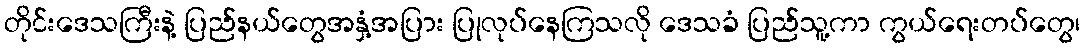
တိုင်းဒေသကြီးနဲ့ ပြည်နယ်တွေအနှံ့အပြား ပြုလုပ်နေကြသလို ဒေသခံ ပြည်သူ့ကာ ကွယ်ရေးတပ်တွေ၊